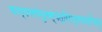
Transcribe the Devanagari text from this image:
काम्यमरणेतुतस्यत्रिरात्रमाशौचम्